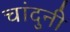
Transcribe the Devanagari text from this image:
चांदुनी